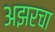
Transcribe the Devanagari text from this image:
अझरचा